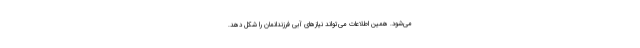
می‌شود. همین اطلاعات می‌تواند نیازهای آبی فرزندانمان را شکل دهد.